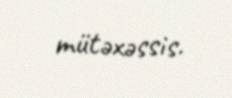
mütəxəssis.